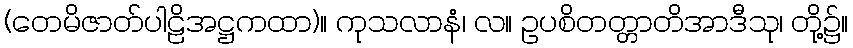
(တေမိဇာတ်ပါဠိအဋ္ဌကထာ)။ ကုသလာနံ၊ လ။ ဥပစိတတ္တာတိအာဒီသု၊ တို့၌။